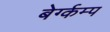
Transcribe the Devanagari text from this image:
बेर्ग्कम्प